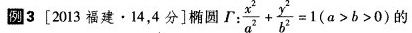
例3〔2013福建。4，4分]椭圆 $$\Gamma : \frac { x ^ { 2 } } { a ^ { 2 } } + \frac { y ^ { 2} }{ b ^ { 2 } } = 1$$ (a>b>0) 的